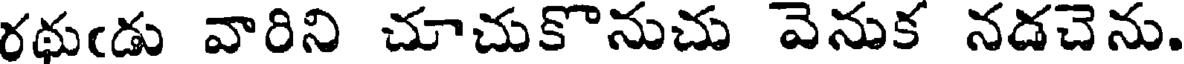
రథుఁడు వారిని చూచుకొనుచు వెనుక నడచెను.